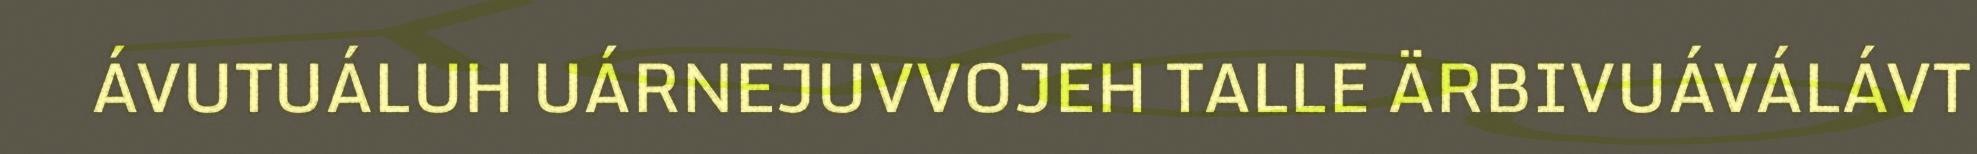
ÁVUTUÁLUH UÁRNEJUVVOJEH TALLE ÄRBIVUÁVÁLÁVT